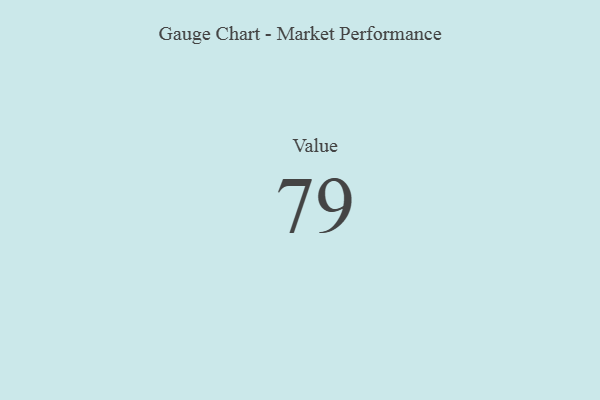
{"axis": {"x": "Metric", "y": "Value"}, "legend": [""], "data": [{"x": "Value", "y": 79, "type": ""}]}